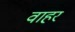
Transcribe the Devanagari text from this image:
वाहर